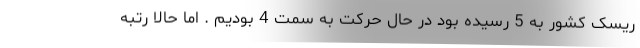
ریسک کشور به 5 رسیده بود در حال حرکت به سمت 4 بودیم . اما حالا رتبه